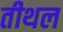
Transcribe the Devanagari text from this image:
तीथल